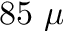
8 5 ~ \mu